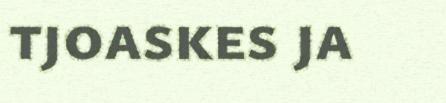
tjoaskes ja